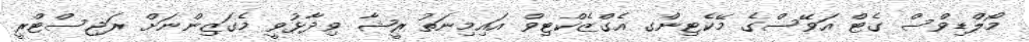
މޯލްޑިވްސް ގެޓް އަވޭސްގެ މޭކެޓިންގ އެގްޒެކްޓިވް އައިމިނަތު ރީޝާ ވިދާޅުވީ މެގަޒިންނަށް ރަޖިސްޓްރީ